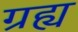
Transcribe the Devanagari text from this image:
ग्रह्य